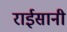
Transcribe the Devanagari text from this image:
राईसानी